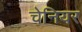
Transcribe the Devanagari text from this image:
चेनियर